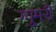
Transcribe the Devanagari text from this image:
ग्युमरी